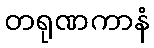
တရုဏကာနံ